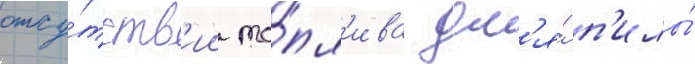
отсу́тств'ии то́пл'ива дл'я́ п'илы́